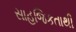
સાહજિકતાથી